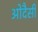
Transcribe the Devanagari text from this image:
ओदैसी